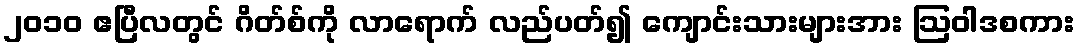
၂၀၁၀ ဧပြီလတွင် ဂိတ်စ်ကို လာရောက် လည်ပတ်၍ ကျောင်းသားများအား ဩဝါဒစကား